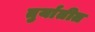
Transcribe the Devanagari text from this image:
तुर्यातीत